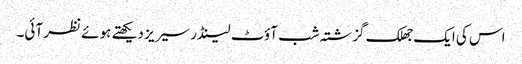
اس کی ایک جھلک گزشتہ شب آؤٹ لینڈر سیریز دیکھتے ہوئے نظر آئی۔